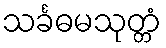
သင်္ခဓမသုတ္တံ